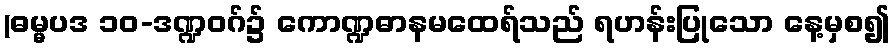
(ဓမ္မပဒ ၁၀-ဒဏ္ဍဝဂ်၌ ကောဏ္ဍဓာနမထေရ်သည် ရဟန်းပြုသော နေ့မှစ၍